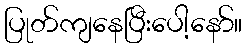
ပြုတ်ကျနေပြီးပေါ့နော်။